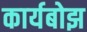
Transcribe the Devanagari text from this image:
कार्यबोझ